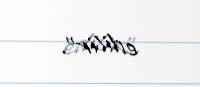
edilir”.